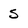
Character: 5